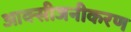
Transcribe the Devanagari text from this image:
आक्सीजनीकरण